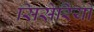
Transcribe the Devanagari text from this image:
सिसेरियो